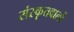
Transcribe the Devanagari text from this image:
संस्कृतवालों